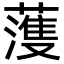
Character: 𮑮